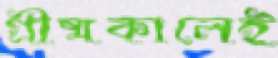
গ্রীষ্মকালেই